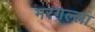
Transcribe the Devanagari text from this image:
मरगल्ला